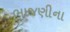
ભાજણીના